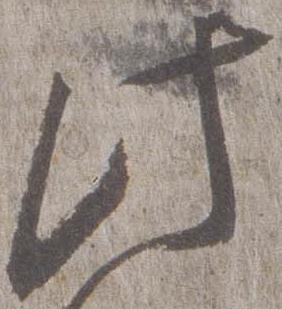
此